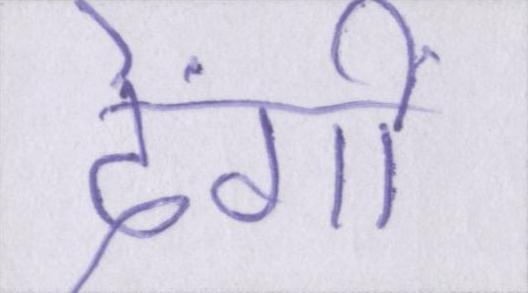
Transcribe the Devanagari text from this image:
देंगीं